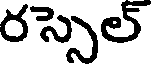
రస్సెల్